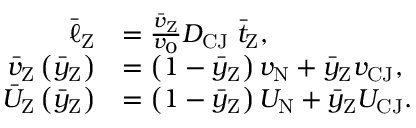
\begin{array} { r l } { \bar { \ell } _ { \mathrm { Z } } } & { = \frac { \bar { v } _ { \mathrm { Z } } } { v _ { 0 } } D _ { \mathrm { C J } } \; \bar { t } _ { \mathrm { Z } } , } \\ { \bar { v } _ { \mathrm { Z } } \left( \bar { y } _ { \mathrm { Z } } \right) } & { = \left( 1 - \bar { y } _ { \mathrm { Z } } \right) v _ { \mathrm { N } } + \bar { y } _ { \mathrm { Z } } v _ { \mathrm { C J } } , } \\ { \bar { U } _ { \mathrm { Z } } \left( \bar { y } _ { \mathrm { Z } } \right) } & { = \left( 1 - \bar { y } _ { \mathrm { Z } } \right) U _ { \mathrm { N } } + \bar { y } _ { \mathrm { Z } } U _ { \mathrm { C J } } . } \end{array}